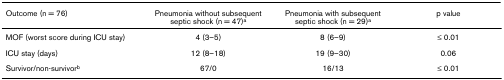
<table><thead><tr><td><b>Outcome (n = 76)</b></td><td><b>Pneumonia without subsequent septic shock (n = 47)<sup>a</sup></b></td><td><b>Pneumonia with subsequent septic shock (n = 29)<sup>a</sup></b></td><td><b>p value</b></td></tr></thead><tbody><tr><td>MOF (worst score during ICU stay)</td><td>4 (3–5)</td><td>8 (6–9)</td><td>≤ 0.01</td></tr><tr><td>ICU stay (days)</td><td>12 (8–18)</td><td>19 (9–30)</td><td>0.06</td></tr><tr><td>Survivor/non-survivor<sup>b</sup></td><td>67/0</td><td>16/13</td><td>≤ 0.01</td></tr></tbody></table>